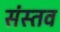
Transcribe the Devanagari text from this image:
संस्तव